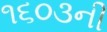
૧૬૦૩ની